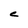
Character: C